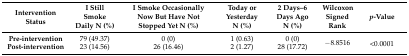
<table><thead><tr><td><b>Intervention Status</b></td><td><b>I Still Smoke Daily N (%)</b></td><td><b>I Smoke Occasionally Now But Have Not Stopped Yet N (%)</b></td><td><b>Today or Yesterday N (%)</b></td><td><b>2 Days–6 Days Ago N (%)</b></td><td><b>Wilcoxon Signed Rank</b></td><td><b><i>p</i>-Value</b></td></tr></thead><tbody><tr><td><b>Pre-intervention</b></td><td>79 (49.37)</td><td>0 (0)</td><td>1 (0.63)</td><td>0 (0)</td><td rowspan="2">−8.8516</td><td rowspan="2">&lt;0.0001</td></tr><tr><td><b>Post-intervention</b></td><td>23 (14.56)</td><td>26 (16.46)</td><td>2 (1.27)</td><td>28 (17.72)</td></tr></tbody></table>